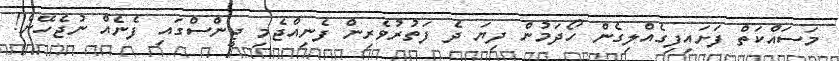
މަސައްކަތް ފަށައިފިގެއްލިގެން ހޯދަމުން ދިޔަ ދެ ފަތުރުވެރިން ފެނިއްޖެމި ޖީންސްގައި ފެނެއް ނުޖެހޭނެ!